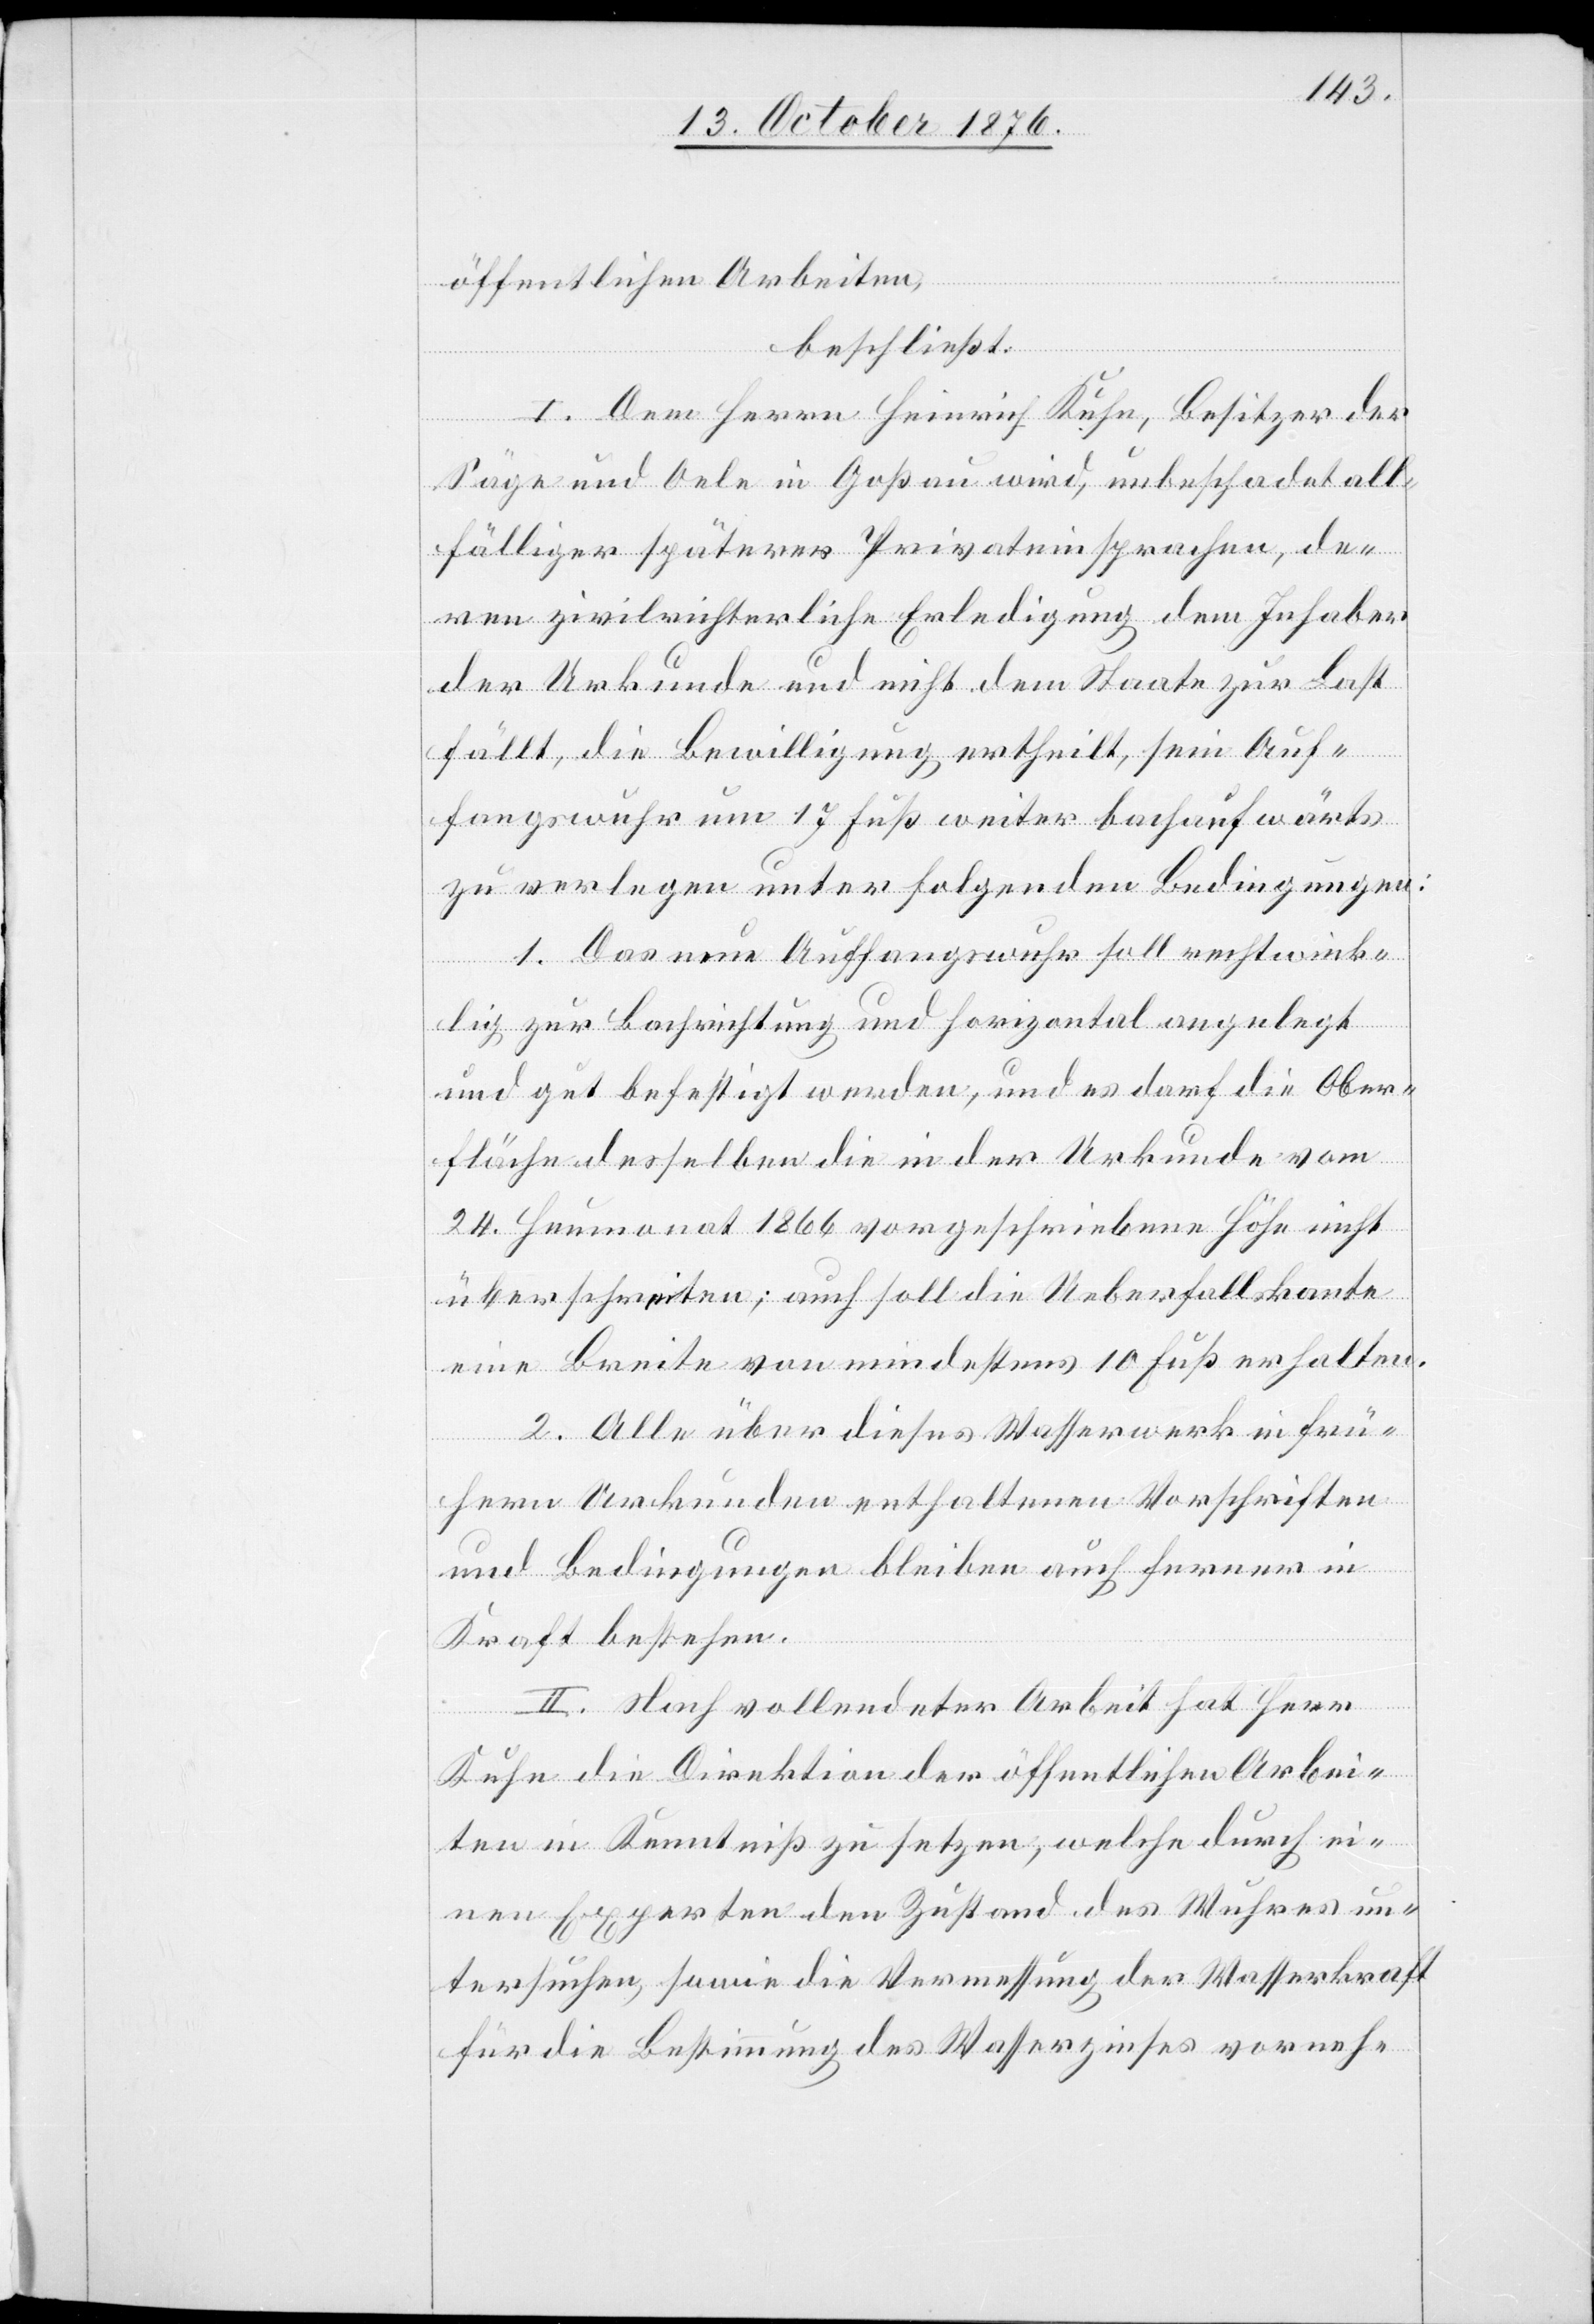
öffentlichen Arbeiten,
beschließt:
I. Dem Herrn Heinrich Kuhn, Besitzer der
Säge und Oele in Goßau wird, unbeschadet all¬
fälliger späterer Privateinsprachen, de¬
ren zivilrichterliche Erledigung dem Inhaber
der Urkunde und nicht dem Staate zur Last
fällt, die Bewilligung ertheilt, sein Anf¬
angswuhr um 17 Fuß weiter bachaufwärts
zu verlegen unter folgenden Bedingungen:
1. Das neue Auffangswuhr soll rechtwink¬
lig zur Bachrichtung und horizontal angelegt
und gut befestigt werden, und es darf die Ober¬
fläche desselben die in der Urkunde vom
24. Heumonat 1866 vorgeschriebene Höhe nicht
überschreiten; auch soll die Ueberfallskante
eine Breite von mindestens 10 Fuß erhalten.
2. Alle über dieses Wasserwerk in frü¬
hern Urkunden enthaltenen Vorschriften
und Bedingungen bleiben auch ferner in
Kraft bestehen.
II. Nach vollendeter Arbeit hat Herr
Kuhn die Direktion der öffentlichen Arbei¬
ten in Kenntniß zu setzen, welche durch ei¬
nen Experten den Zustand des Wuhres un¬
tersuchen, sowie die Vermessung der Wasserkraft
für die Bestimmung des Wasserzinses vorneh-